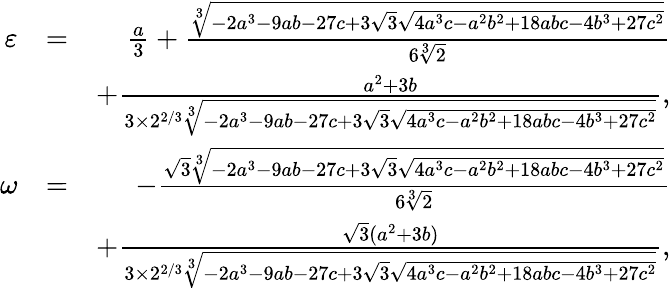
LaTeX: \begin{array}{rlr}{\varepsilon}&{=}&{\frac{a}{3}+\frac{\sqrt[3]{-2a^{3}-9ab-27c+3\sqrt{3}\sqrt{4a^{3}c-a^{2}b^{2}+18abc-4b^{3}+27c^{2}}}}{6\sqrt[3]{2}}}\\ &{}&{+\frac{a^{2}+3b}{3\times 2^{2/3}\sqrt[3]{-2a^{3}-9ab-27c+3\sqrt{3}\sqrt{4a^{3}c-a^{2}b^{2}+18abc-4b^{3}+27c^{2}}}},}\\ {\omega}&{=}&{-\frac{\sqrt{3}\sqrt[3]{-2a^{3}-9ab-27c+3\sqrt{3}\sqrt{4a^{3}c-a^{2}b^{2}+18abc-4b^{3}+27c^{2}}}}{6\sqrt[3]{2}}}\\ &{}&{+\frac{\sqrt 3(a^{2}+3b)}{3\times 2^{2/3}\sqrt[3]{-2a^{3}-9ab-27c+3\sqrt{3}\sqrt{4a^{3}c-a^{2}b^{2}+18abc-4b^{3}+27c^{2}}}},}\end{array}